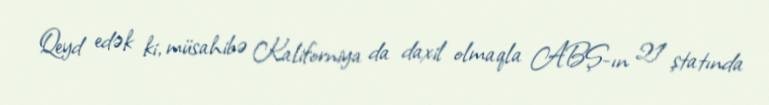
Qeyd edək ki, müsahibə Kaliforniya da daxil olmaqla ABŞ-ın 21 ştatında